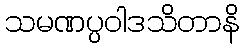
သမဏပ္ပဝါဒသိတာနိ